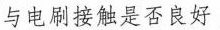
与电刷接触是否良好